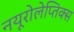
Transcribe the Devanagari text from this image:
नयूरोलेप्तिक्स